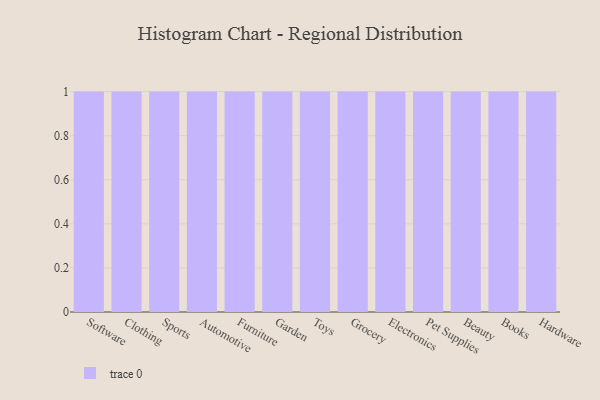
{"axis": {"x": "Category", "y": "Temperature (°C)"}, "legend": [""], "data": [{"x": "Software", "y": 48, "type": ""}, {"x": "Clothing", "y": 99, "type": ""}, {"x": "Sports", "y": 32, "type": ""}, {"x": "Automotive", "y": 44, "type": ""}, {"x": "Furniture", "y": 16, "type": ""}, {"x": "Garden", "y": 70, "type": ""}, {"x": "Toys", "y": 6, "type": ""}, {"x": "Grocery", "y": 9, "type": ""}, {"x": "Electronics", "y": 27, "type": ""}, {"x": "Pet Supplies", "y": 45, "type": ""}, {"x": "Beauty", "y": 28, "type": ""}, {"x": "Books", "y": 63, "type": ""}, {"x": "Hardware", "y": 13, "type": ""}]}